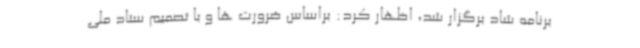
برنامه شاد برگزار شد، اظهار کرد: براساس ضرورت ها و با تصمیم ستاد ملی